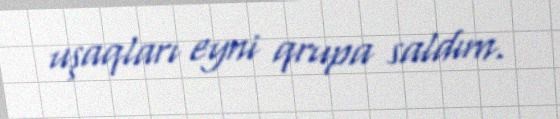
uşaqları eyni qrupa saldım.